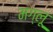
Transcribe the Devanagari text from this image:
मग्लू